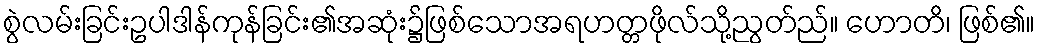
စွဲလမ်းခြင်းဥပါဒါန်ကုန်ခြင်း၏အဆုံး၌ဖြစ်သောအရဟတ္တဖိုလ်သို့ညွတ်ည်။ ဟောတိ၊ ဖြစ်၏။